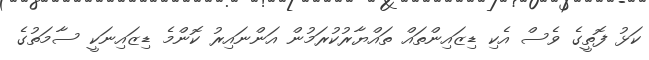
ކަޅު ފޮތީގެ ވެސް އެކި ޑިޒައިންތައް ތައްޔާރުކުރަމުން އަންނައިރު ކޮންމެ ޑިޒައިނަކީ ސާމަތުގެ